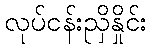
လုပ်ငန်းညှိနှိုင်း